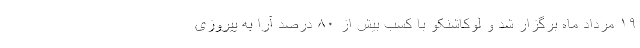
۱۹ مرداد ماه برگزار شد و لوکاشنکو با کسب بیش از ۸۰ درصد آرا به پیروزی